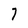
Character: 7